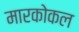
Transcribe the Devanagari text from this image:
मारकोकल